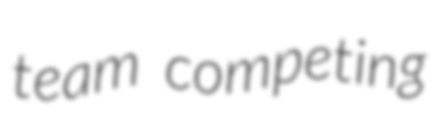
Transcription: team competing